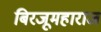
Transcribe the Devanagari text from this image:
बिरजूमहाराज